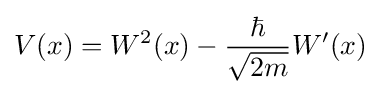
V(x)=W^{2}(x)-{\frac {\hbar }{\sqrt {2m}}}W'(x)